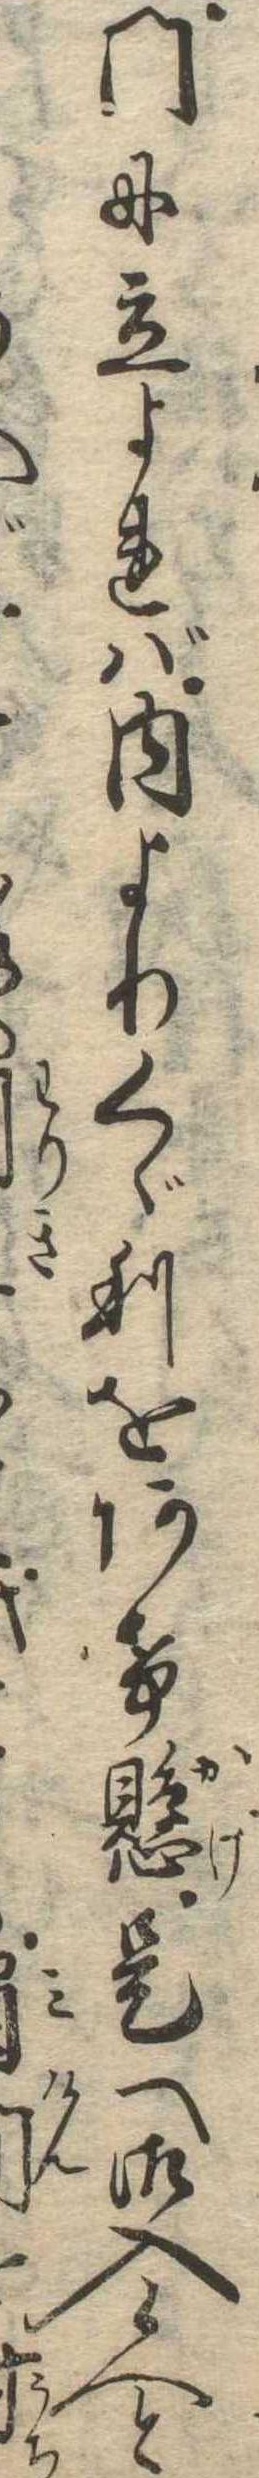
門に立よれば内よりくぐりをあけ懸是へ御入候へと